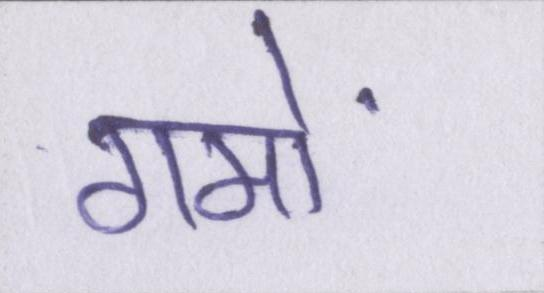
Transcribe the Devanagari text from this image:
गमों